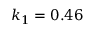
k _ { 1 } = 0 . 4 6